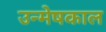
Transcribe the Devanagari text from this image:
उन्मेषकाल